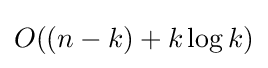
O((n-k)+k\log k)